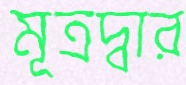
মূত্রদ্বার